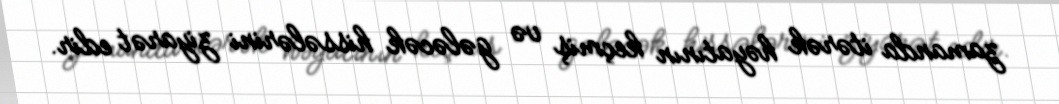
zamanda itərək həyatının keçmiş və gələcək hissələrini ziyarət edir.